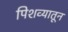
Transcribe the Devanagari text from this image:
पिशव्यातून